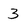
Character: 3